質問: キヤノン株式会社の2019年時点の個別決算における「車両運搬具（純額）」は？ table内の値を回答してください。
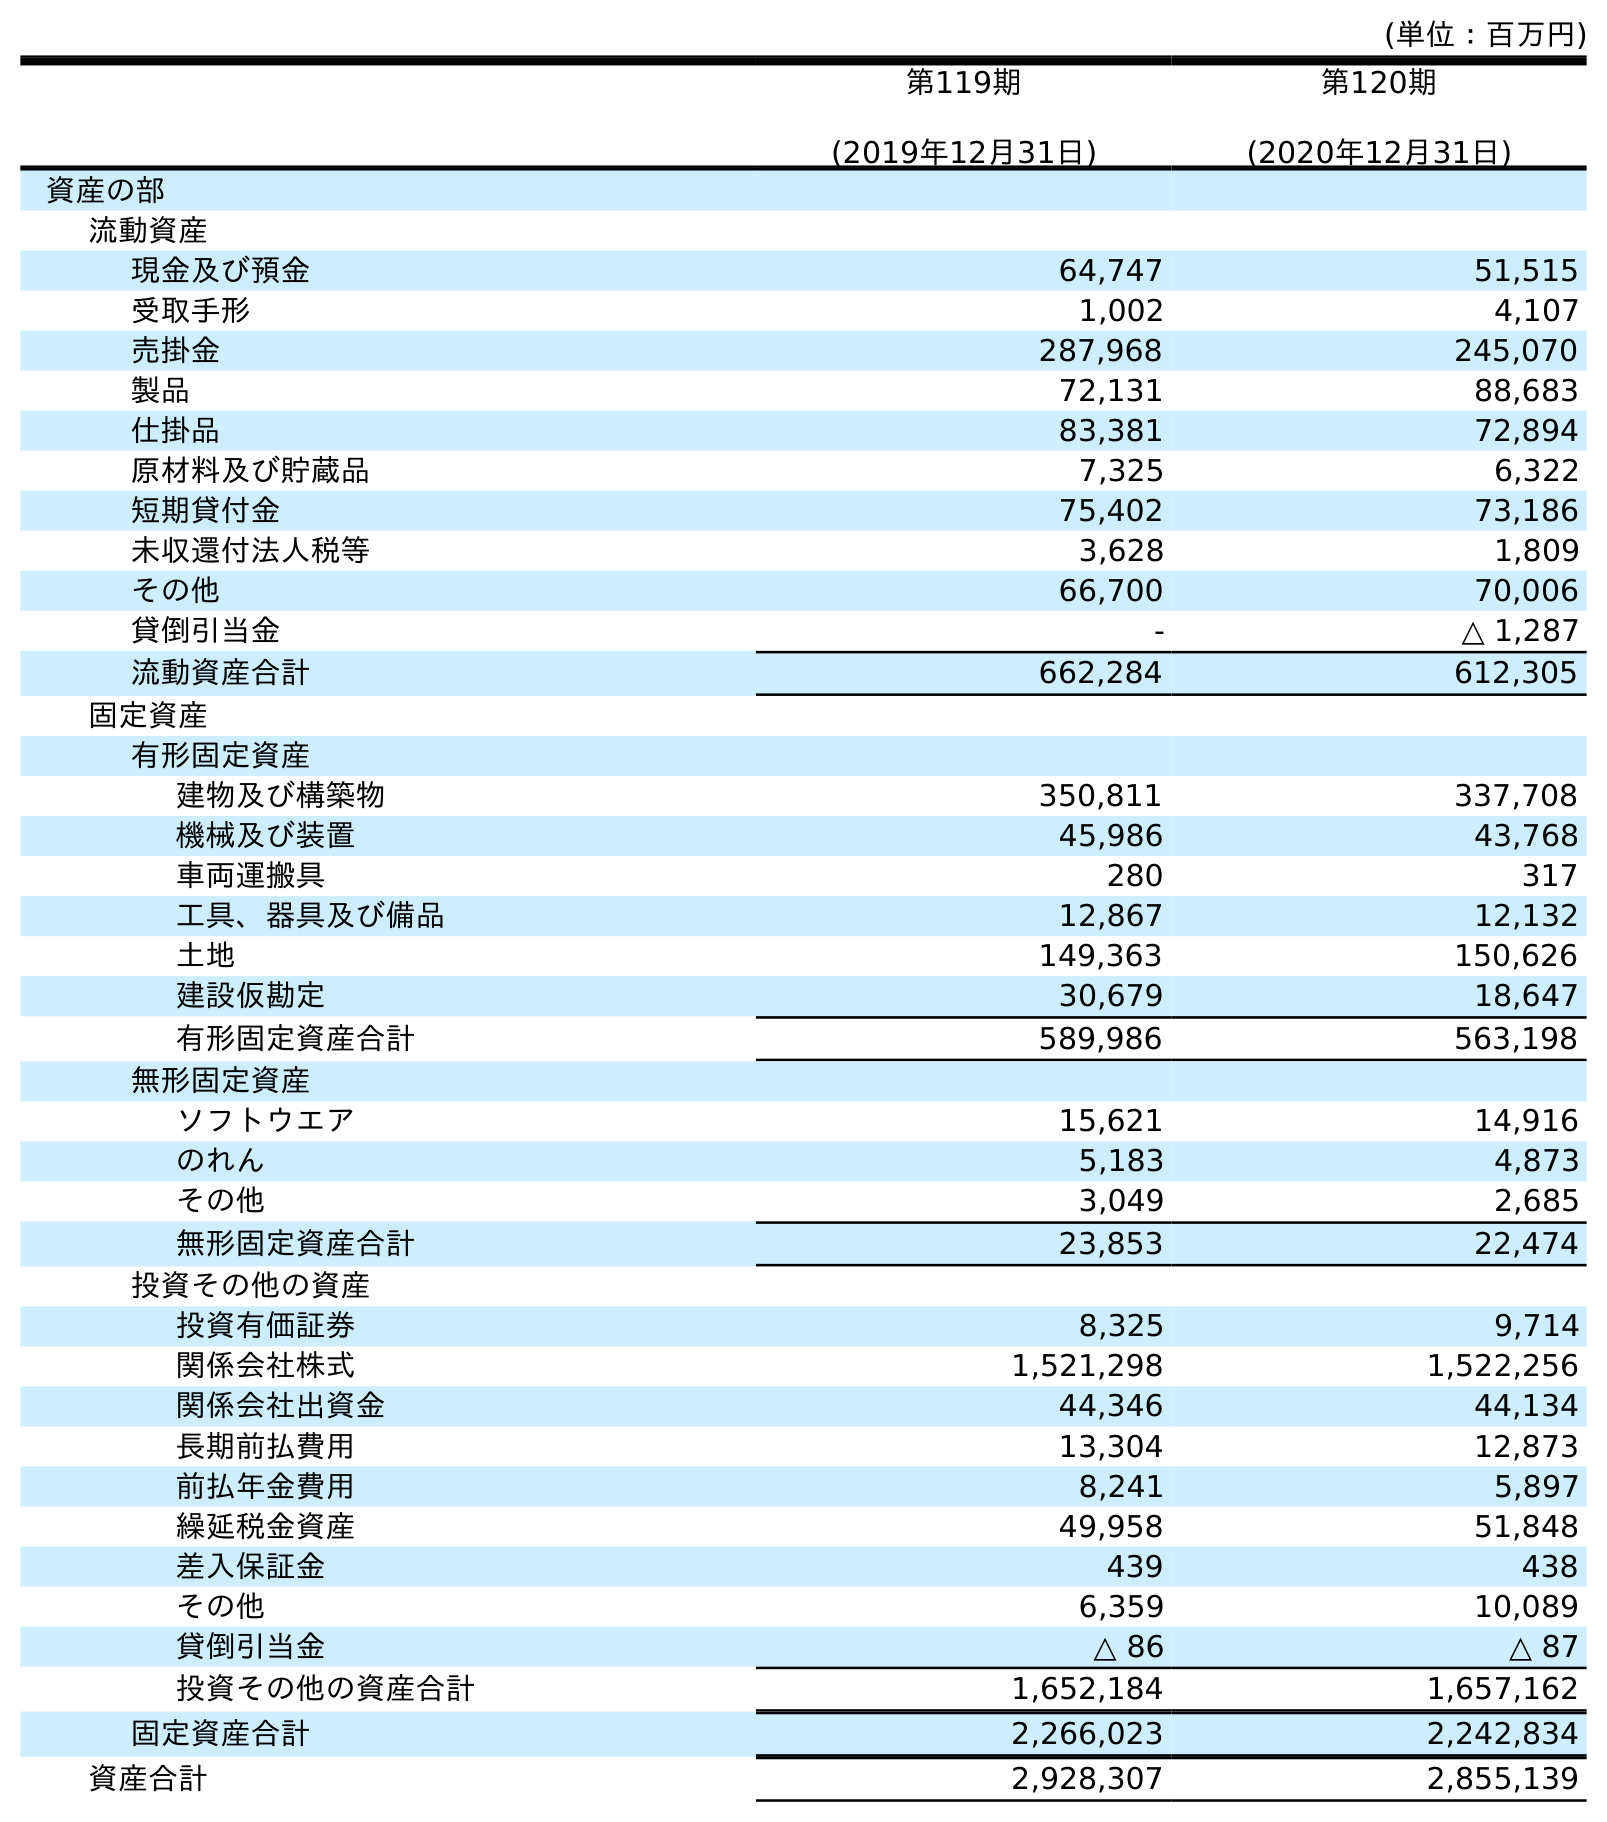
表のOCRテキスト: (単位：百万円) 第119期 (2019年12月31日) 第120期 (2020年12月31日) 資産の部 流動資産 現金及び預金 64,747 51,515 受取手形 1,002 4,107 売掛金 287,968 245,070 製品 72,131 88,683 仕掛品 83,381 72,894 原材料及び貯蔵品 7,325 6,322 短期貸付金 75,402 73,186 未収還付法人税等 3,628 1,809 その他 66,700 70,006 貸倒引当金 - △ 1,287 流動資産合計 662,284 612,305 固定資産 有形固定資産 建物及び構築物 350,811 337,708 機械及び装置 45,986 43,768 車両運搬具 280 317 工具、器具及び備品 12,867 12,132 土地 149,363 150,626 建設仮勘定 30,679 18,647 有形固定資産合計 589,986 563,198 無形固定資産 ソフトウエア 15,621 14,916 のれん 5,183 4,873 その他 3,049 2,685 無形固定資産合計 23,853 22,474 投資その他の資産 投資有価証券 8,325 9,714 関係会社株式 1,521,298 1,522,256 関係会社出資金 44,346 44,134 長期前払費用 13,304 12,873 前払年金費用 8,241 5,897 繰延税金資産 49,958 51,848 差入保証金 439 438 その他 6,359 10,089 貸倒引当金 △ 86 △ 87 投資その他の資産合計 1,652,184 1,657,162 固定資産合計 2,266,023 2,242,834 資産合計 2,928,307 2,855,139
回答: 280